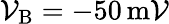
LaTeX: \mathcal{V}_{\mathrm{{B}}}=-50\, \mathrm{{m\mathcal{V}}}